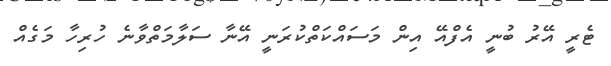
ޓެރީ އޭރު ބުނީ އެފްއޭ އިން މަސައްކަތްކުރަނީ އޭނާ ސަލާމަތްވާނެ ހުރިހާ މަގެއް